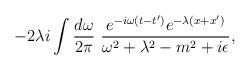
LaTeX: \begin{align*}-2\lambda i \int\frac{d\omega}{2\pi}\,\, \frac{e^{-i\omega (t-t^\prime )}e^{-\lambda(x+x^\prime)}}{\omega^2+\lambda^2-m^2+i\epsilon},\end{align*}